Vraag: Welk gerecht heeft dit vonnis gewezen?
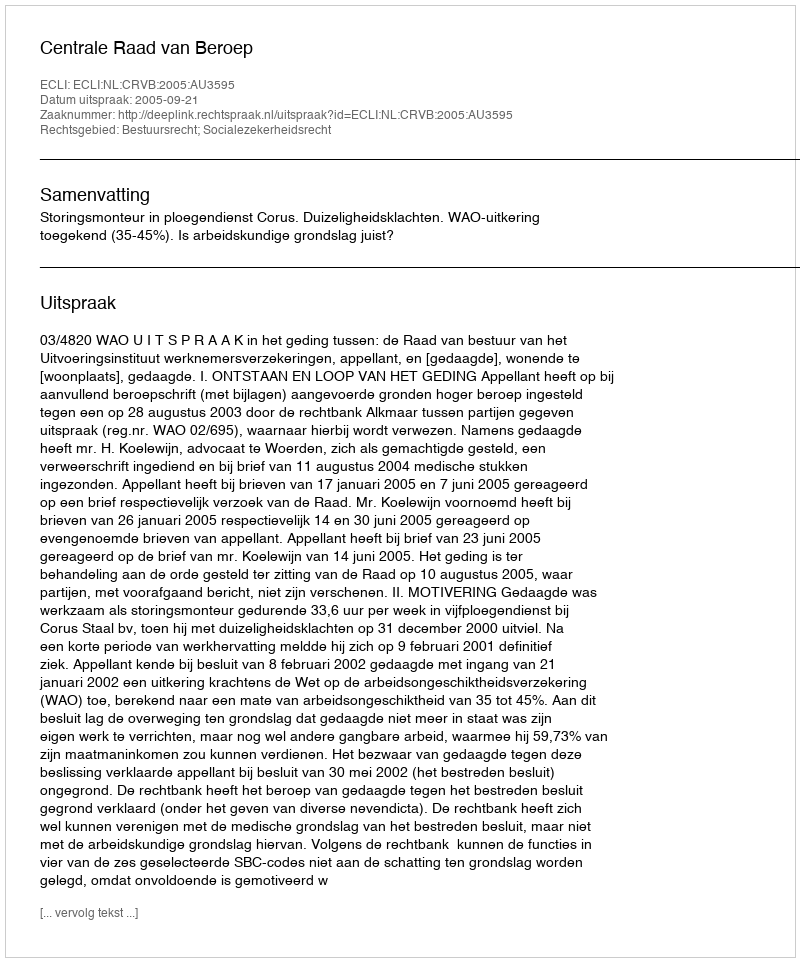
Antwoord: Centrale Raad van Beroep